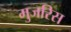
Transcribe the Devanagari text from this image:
मुजरिस